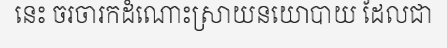
នេះ ចរចារកដំណោះស្រាយនយោបាយ ដែលជា